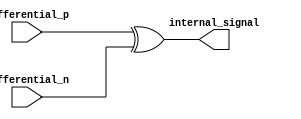
module differential_buffer (
    input  differential_p,
    input  differential_n,
    output internal_signal
);

assign internal_signal = differential_p ^ differential_n;

endmodule